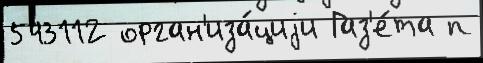
543112 орган'иза́циjи Газ'е́та п